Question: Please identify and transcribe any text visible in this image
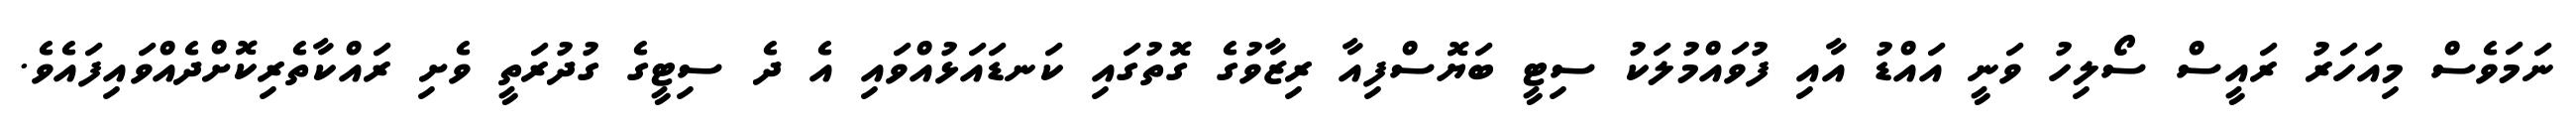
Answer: ނަމަވެސް މިއަހަރު ރައީސް ސޯލިހު ވަނީ އައްޑު އާއި ފުވައްމުލަކު ސިޓީ ބަޔޮސްފިއާ ރިޒާވުގެ ގޮތުގައި ކަނޑައަޅުއްވައި އެ ދެ ސިޓީގެ ގުދުރަތީ ވެށި ރައްކާތެރިކޮށްދެއްވައިފައެވެ.